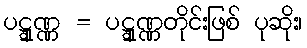
ပဋ္ဋုဏ္ဏ = ပဋ္ဋုဏ္ဏတိုင်းဖြစ် ပုဆိုး၊